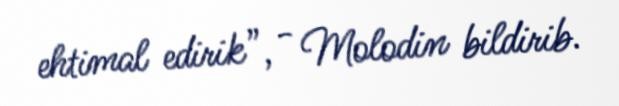
ehtimal edirik”, - Molodin bildirib.